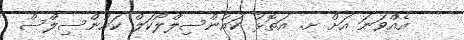
އެއްވަނަ އަށް ށ. އަތޮޅު ކައުންސިލްލޯކަލް ކައުންސިލްސް